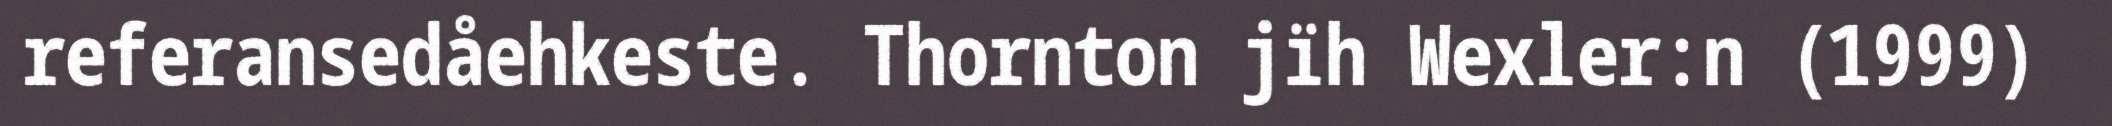
referansedåehkeste. Thornton jïh Wexler:n (1999)